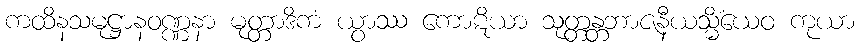
ကထိနသမုဋ္ဌာနဝဏ္ဏနာ မုတ္တာဒိကံ ယွာဿ ကောဋိယာ သုတ္တန္တဘာဇနီယသ္မိံယေဝ ကုယာ